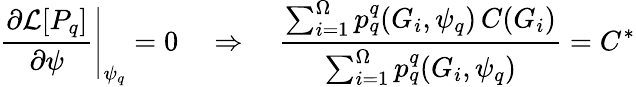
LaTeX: \left.\frac{\partial\mathcal{L}[P_{q}]}{\partial\psi}\right|_{\psi_{q}}=0\quad\Rightarrow\quad\frac{\sum_{i=1}^{\Omega}p_{q}^{q}(G_{i},\psi_{q})\, C(G_{i})}{\sum_{i=1}^{\Omega}p_{q}^{q}(G_{i},\psi_{q})}=C^{*}